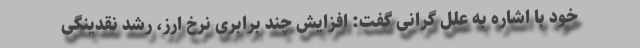
خود با اشاره به علل گرانی گفت: افزایش چند برابری نرخ ارز، رشد نقدینگی